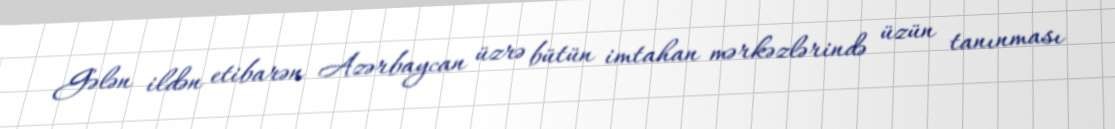
Gələn ildən etibarən Azərbaycan üzrə bütün imtahan mərkəzlərində üzün tanınması